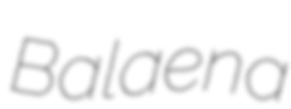
Balaena